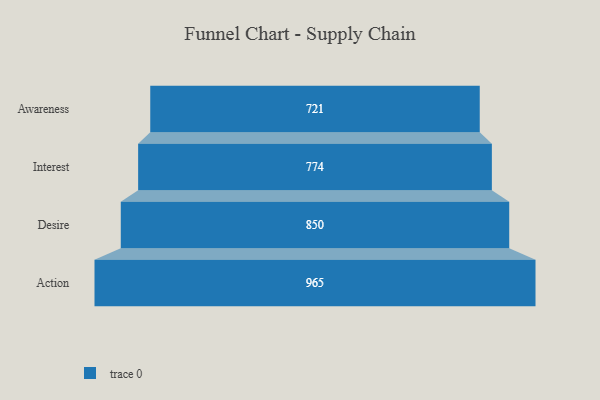
{"axis": {"x": "Stage", "y": "Value"}, "legend": [""], "data": [{"x": "Awareness", "y": 721.0, "type": ""}, {"x": "Interest", "y": 774.0, "type": ""}, {"x": "Desire", "y": 850.0, "type": ""}, {"x": "Action", "y": 965.0, "type": ""}]}